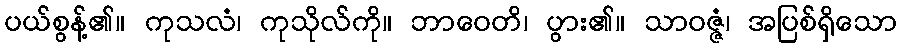
ပယ်စွန့်၏။ ကုသလံ၊ ကုသိုလ်ကို။ ဘာဝေတိ၊ ပွား၏။ သာဝဇ္ဇံ၊ အပြစ်ရှိသော